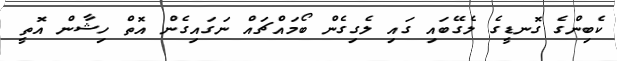
ކެބިންގެ ގޮނޑީގެ ލެގޭބައި ގައި ލެގިގެން ބޯމައްޗައް ނަގައިގެން އޮތް ހިޝާން އޮތީ